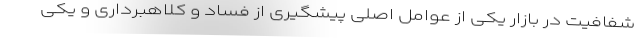
شفافیت در بازار یکی از عوامل اصلی پیشگیری از فساد و کلاهبرداری و یکی